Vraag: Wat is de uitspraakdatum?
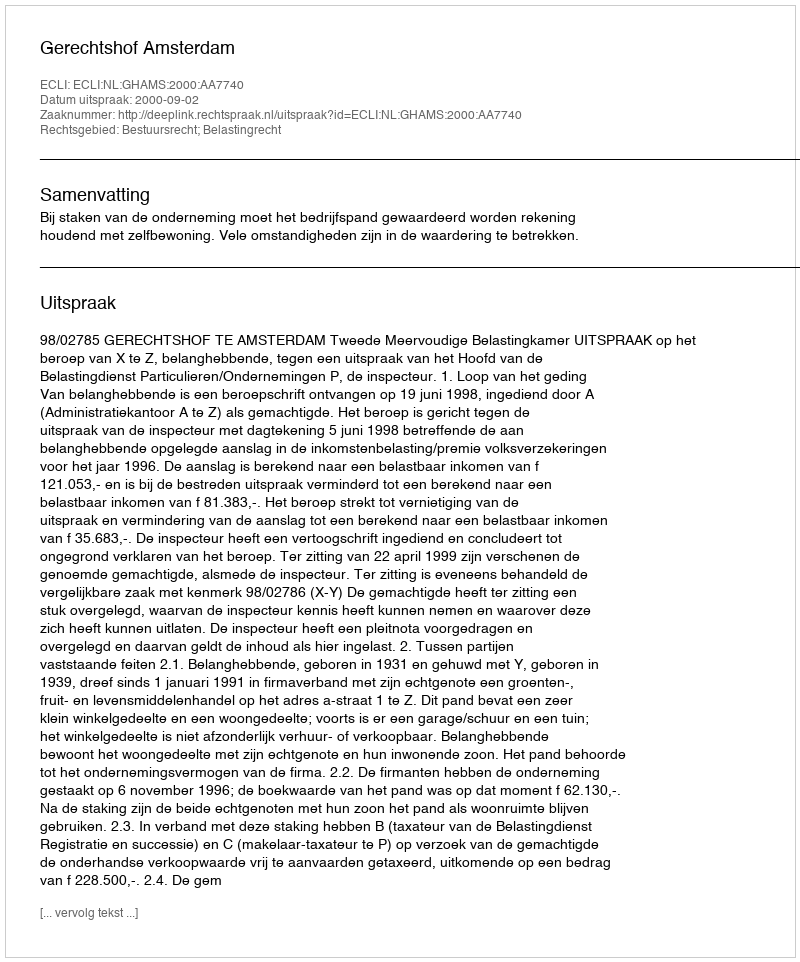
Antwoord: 2000-09-02